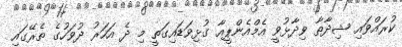
ކުރައްވައި ޝިދާތާ ވިދާޅުވީ އެމްއެންޕީއާ ގުޅިވަޑައިގަތީ މި ދެ އަހަރު ދުވަހުގެ ތެރޭގައި